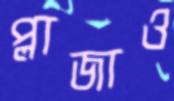
প্লাজাও